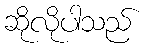
ဆိုလိုပါသည်